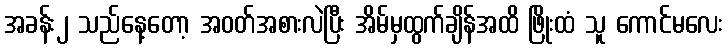
အခန်း၂ သည်နေ့တော့ အဝတ်အစားလဲပြီး အိမ်မှထွက်ချိန်အထိ ဖြိုးထံ သူ ကောင်မလေး